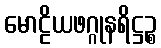
မောဠိယဖဂ္ဂုနရိဋ္ဌဉ္စ